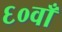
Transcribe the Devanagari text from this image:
६०वाँ